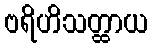
ဗရိဟိသတ္ထာယ